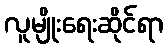
လူမျိုးရေးဆိုင်ရာ